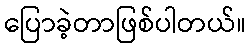
ပြောခဲ့တာဖြစ်ပါတယ်။